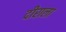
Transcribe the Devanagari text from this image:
दीराला